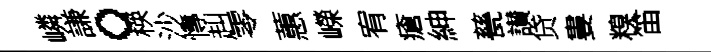
嶙謙。楧沙慱赳零蕙嶸宥瘡紳甆讃贷婁糗笛